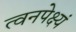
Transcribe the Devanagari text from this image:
त्वनपेक्ष्यं